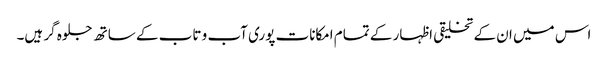
اس میں ان کے تخلیقی اظہار کے تمام امکانات پوری آب و تاب کے ساتھ جلوہ گر ہیں۔